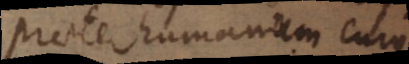
praeter humanum cujus